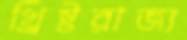
খ্রিষ্টরাজ্য